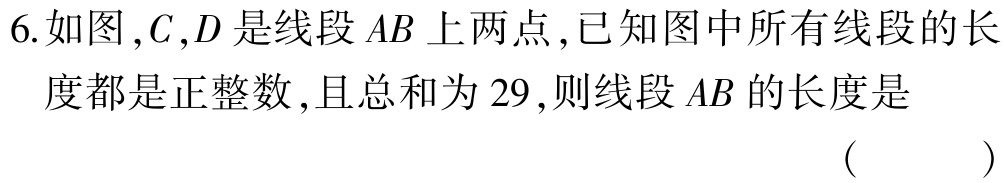
6.如图，$C,D$是线段$AB$上两点，已知图中所有线段的长度都是正整数，且总和为$29$，则线段$AB$的长度是 （  ）